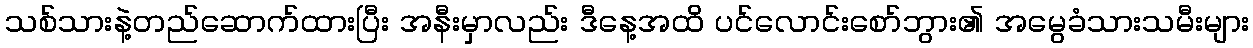
သစ်သားနဲ့တည်ဆောက်ထားပြီး အနီးမှာလည်း ဒီနေ့အထိ ပင်လောင်းစော်ဘွား၏ အမွေခံသားသမီးများ